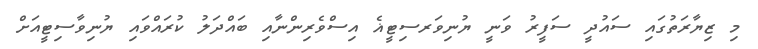
މި ޒިޔާރަތުގައި ސައުދީ ސަފީރު ވަނީ ޔުނިވަރސިޓީޣެ އިސްވެރިންނާއި ބައްދަލު ކުރައްވައި ޔުނިވާސިޓީއަށް